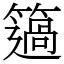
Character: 簻